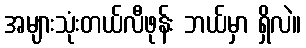
အများသုံးတယ်လီဖုန်း ဘယ်မှာ ရှိလဲ။